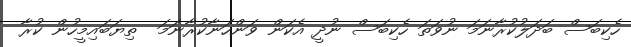
ހެކިބަސް ބަދަލުކުރާނަމަ ނުވަތަ ހެކިބަސް ނުދީ އެކަން ވަންހަނާކުރާނަމަ  ތިޔަބައިމީހުން ކުރާ